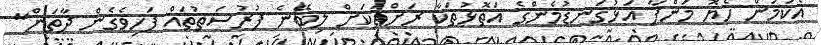
އެކަމުން ހެޔޮ މަންފާ އަޅުގަނޑުމެންގެ އަތޮޅުތަކާ ރަށްތަކަށް ލިބޭނެ ފުރުސަތުތައް ފަހިވެެގެން ދާތަން"